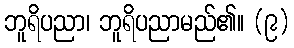
ဘူရိပညာ၊ ဘူရိပညာမည်၏။ (၉)